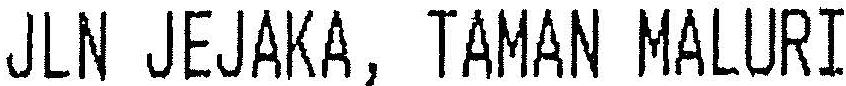
JLN JEJAKA, TAMAN MALURI